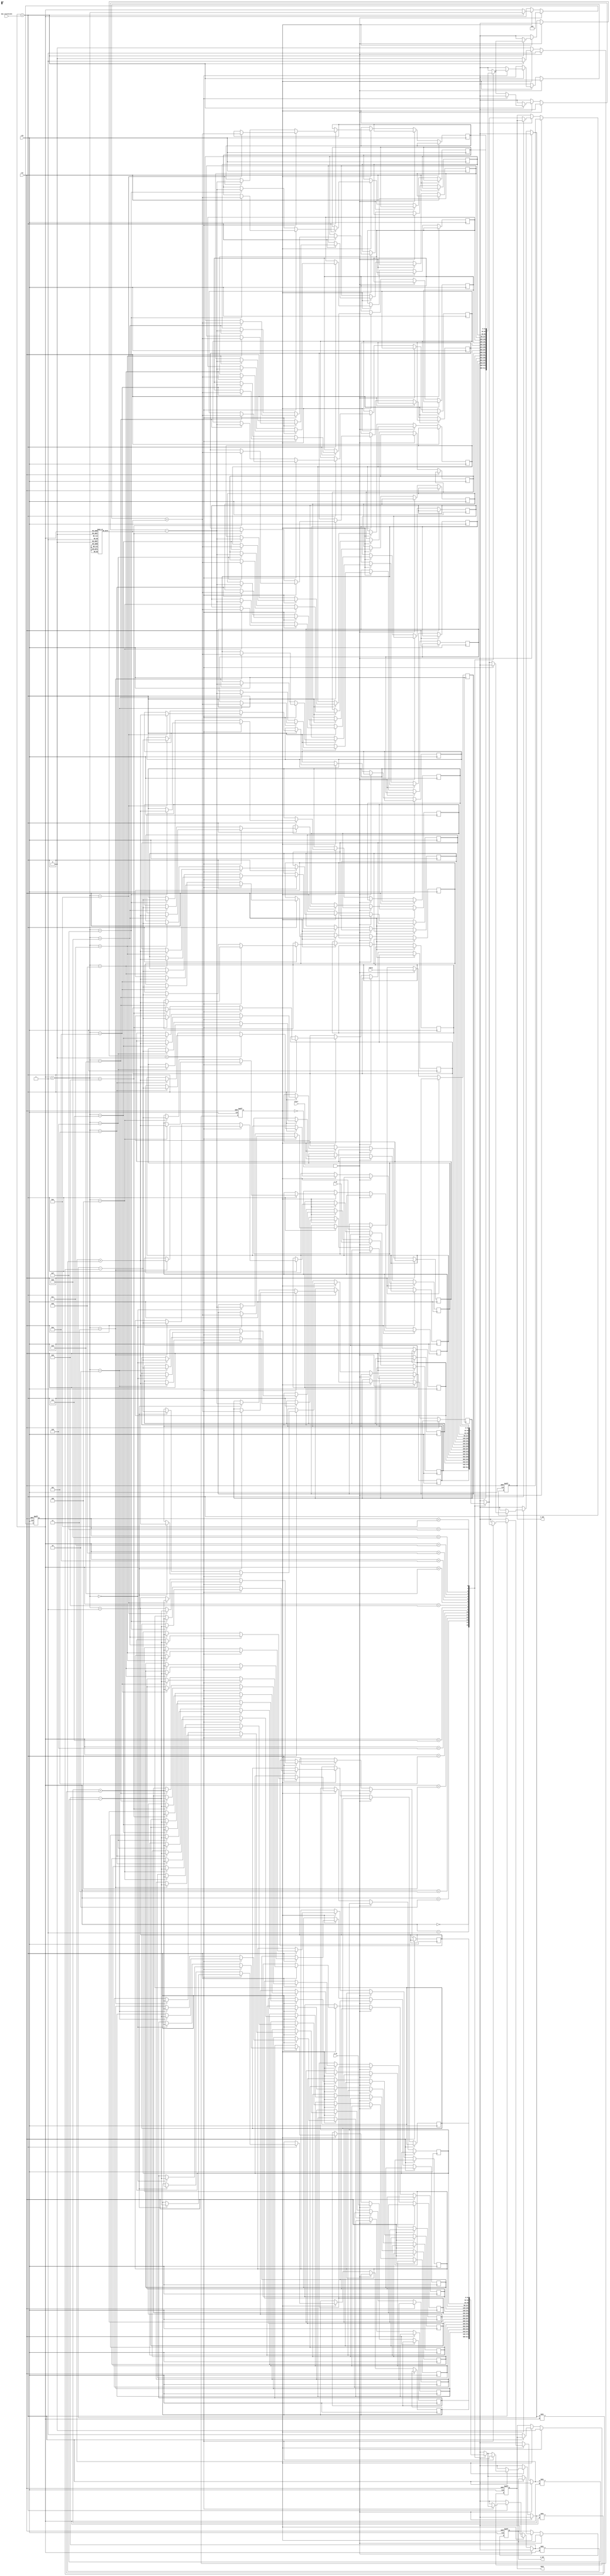
module adaptive_cordic (
    input clk,                    // Clock signal
    input rst,                    // Reset signal
    input [31:0] x_in,           // Input x (fixed-point)
    input [31:0] y_in,           // Input y (fixed-point)
    input [31:0] theta,          // Rotation angle (fixed-point)
    input [3:0] max_iterations,   // Maximum number of iterations
    input start,                  // Start signal
    output reg [31:0] x_out,     // Output x
    output reg [31:0] y_out,     // Output y
    output reg done               // Done signal
);

// Internal parameters
parameter NUM_STAGES = 16;      // Number of CORDIC stages
reg [31:0] x [0:NUM_STAGES-1];   // X coordinates at each stage
reg [31:0] y [0:NUM_STAGES-1];   // Y coordinates at each stage
reg [31:0] z [0:NUM_STAGES-1];   // Angle accumulator
reg [3:0] iteration_count;       // Current iteration count
reg [3:0] current_stage;         // Current stage index
reg [31:0] angle_table [0:NUM_STAGES-1]; // Precomputed angle table
reg [31:0] scaling_factor;       // Scaling factor for normalization
reg running;                     // Running flag

// Initialize the angle table and scaling factor
initial begin
    angle_table[0] = 32'h00000000; // atan(2^0)
    angle_table[1] = 32'h3F490FDB; // atan(2^-1)
    angle_table[2] = 32'h3E2D8D4D; // atan(2^-2)
    angle_table[3] = 32'h3D9A3D70; // atan(2^-3)
    // Continue filling the angle table...
    
    scaling_factor = 32'h00000000; // Initial scaling factor
end

// CORDIC iteration process
always @(posedge clk or posedge rst) begin
    if (rst) begin
        x_out <= 0;
        y_out <= 0;
        done <= 0;
        iteration_count <= 0;
        current_stage <= 0;
        running <= 0;
    end else if (start && !running) begin
        // Start CORDIC operation
        x[0] <= x_in;
        y[0] <= y_in;
        z[0] <= theta;
        iteration_count <= 0;
        current_stage <= 0;
        running <= 1;
        done <= 0;
    end else if (running) begin
        // Perform CORDIC iterations
        if (current_stage < max_iterations) begin
            // CORDIC rotation operation
            if (z[current_stage] < 0) begin
                // Rotate clockwise
                x[current_stage+1] <= x[current_stage] + (y[current_stage] >> current_stage);
                y[current_stage+1] <= y[current_stage] - (x[current_stage] >> current_stage);
                z[current_stage+1] <= z[current_stage] + angle_table[current_stage];
            end else begin
                // Rotate counter-clockwise
                x[current_stage+1] <= x[current_stage] - (y[current_stage] >> current_stage);
                y[current_stage+1] <= y[current_stage] + (x[current_stage] >> current_stage);
                z[current_stage+1] <= z[current_stage] - angle_table[current_stage];
            end

            // Update stage and iteration count
            current_stage <= current_stage + 1;
            iteration_count <= iteration_count + 1;
        end else begin
            // Final output after iterations
            x_out <= x[current_stage];
            y_out <= y[current_stage];
            done <= 1;
            running <= 0;
        end
    end
end

endmodule